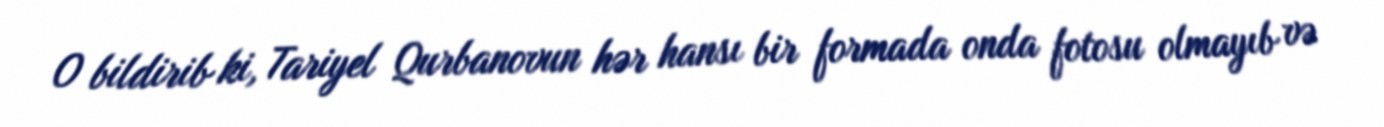
O bildirib ki, Tariyel Qurbanovun hər hansı bir formada onda fotosu olmayıb və